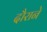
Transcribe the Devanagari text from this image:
दौराने